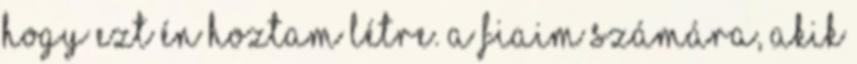
hogy ezt én hoztam létre. A fiaim számára, akik